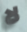
لا